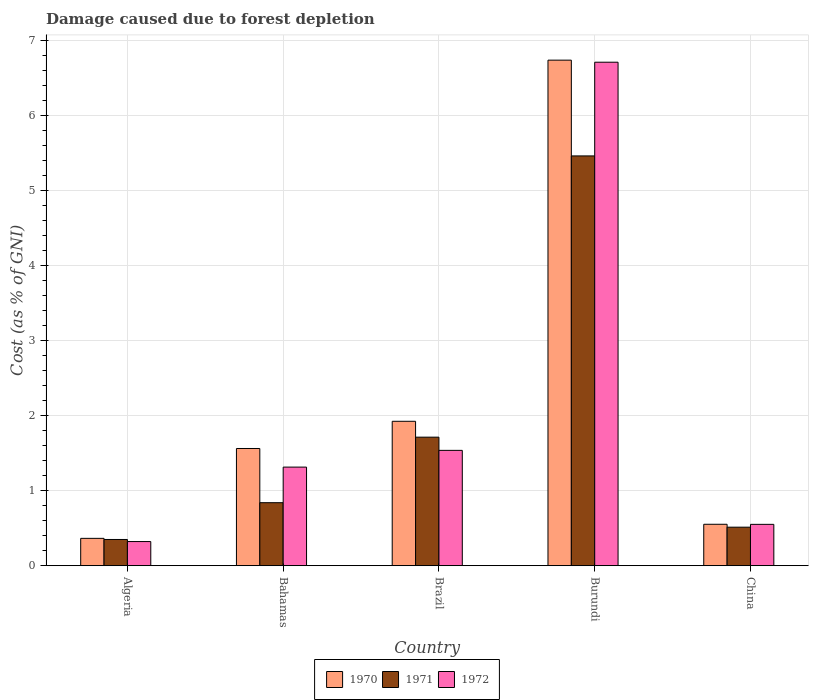
| Country | 1970 | 1971 | 1972 |
 | --- | --- | --- | --- |
 | Algeria | 0.364 | 0.349 | 0.322 |
 | Bahamas | 1.56 | 0.839 | 1.31 |
 | Brazil | 1.92 | 1.71 | 1.54 |
 | Burundi | 6.73 | 5.46 | 6.71 |
 | China | 0.552 | 0.513 | 0.551 |